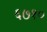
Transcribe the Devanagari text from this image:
६७१०